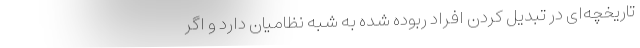
تاریخچه‌ای در تبدیل کردن افراد ربوده شده به شبه نظامیان دارد و اگر